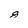
Character: 8